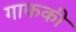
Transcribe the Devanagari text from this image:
गाफकी